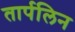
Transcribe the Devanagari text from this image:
तार्पलिन